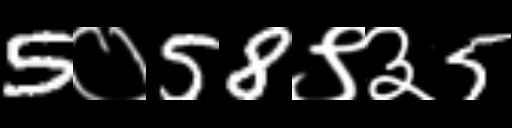
Text: 5०58९३5